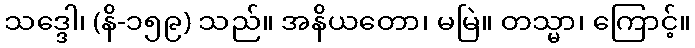
သဒ္ဒေါ၊ (နိ-၁၅၉) သည်။ အနိယတော၊ မမြဲ။ တသ္မာ၊ ကြောင့်။